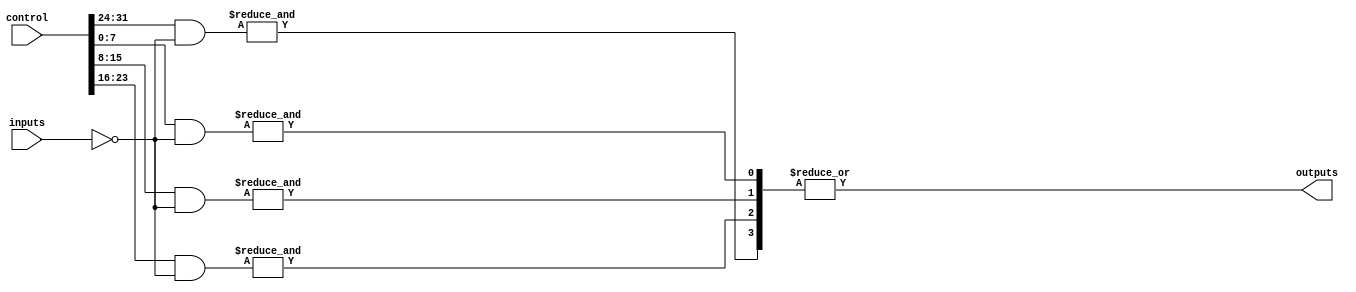
module GPAL #(
    parameter NUM_INPUTS = 8,   // Number of inputs
    parameter NUM_AND_GATES = 4, // Number of AND gates
    parameter NUM_OR_GATES = 1    // Number of OR gates
)(
    input wire [NUM_INPUTS-1:0] inputs,         // Input signals
    input wire [NUM_AND_GATES*NUM_INPUTS-1:0] control, // Control signals for AND gates
    output wire [NUM_OR_GATES-1:0] outputs       // Output signals
);

    // Intermediate signals for the AND gate outputs
    wire [NUM_AND_GATES-1:0] and_outputs;

    // Generate the AND gates
    genvar i, j;
    generate
        for (i = 0; i < NUM_AND_GATES; i = i + 1) begin : and_gate
            wire [NUM_INPUTS-1:0] and_inputs;
            assign and_inputs = {inputs[NUM_INPUTS-1:0], ~inputs[NUM_INPUTS-1:0]}; // Concatenate inputs and their complements

            // AND gate logic
            assign and_outputs[i] = &({control[i*NUM_INPUTS +: NUM_INPUTS] & and_inputs});
        end
    endgenerate

    // Fixed OR gate logic
    generate
        for (j = 0; j < NUM_OR_GATES; j = j + 1) begin : or_gate
            assign outputs[j] = |and_outputs; // Combine all AND gate outputs
        end
    endgenerate

endmodule